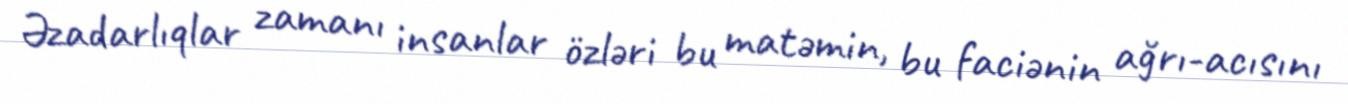
Əzadarlıqlar zamanı insanlar özləri bu matəmin, bu faciənin ağrı-acısını